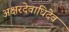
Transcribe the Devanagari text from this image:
अक्षरदेवाधिदेव